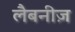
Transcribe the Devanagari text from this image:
लैबनीज़